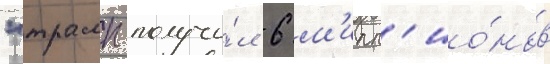
"трамп получи́л 6 м'илл'ио́нов